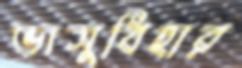
ভাসুবিহার